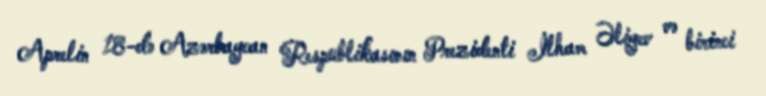
Aprelin 18-də Azərbaycan Respublikasının Prezidenti İlham Əliyev və birinci